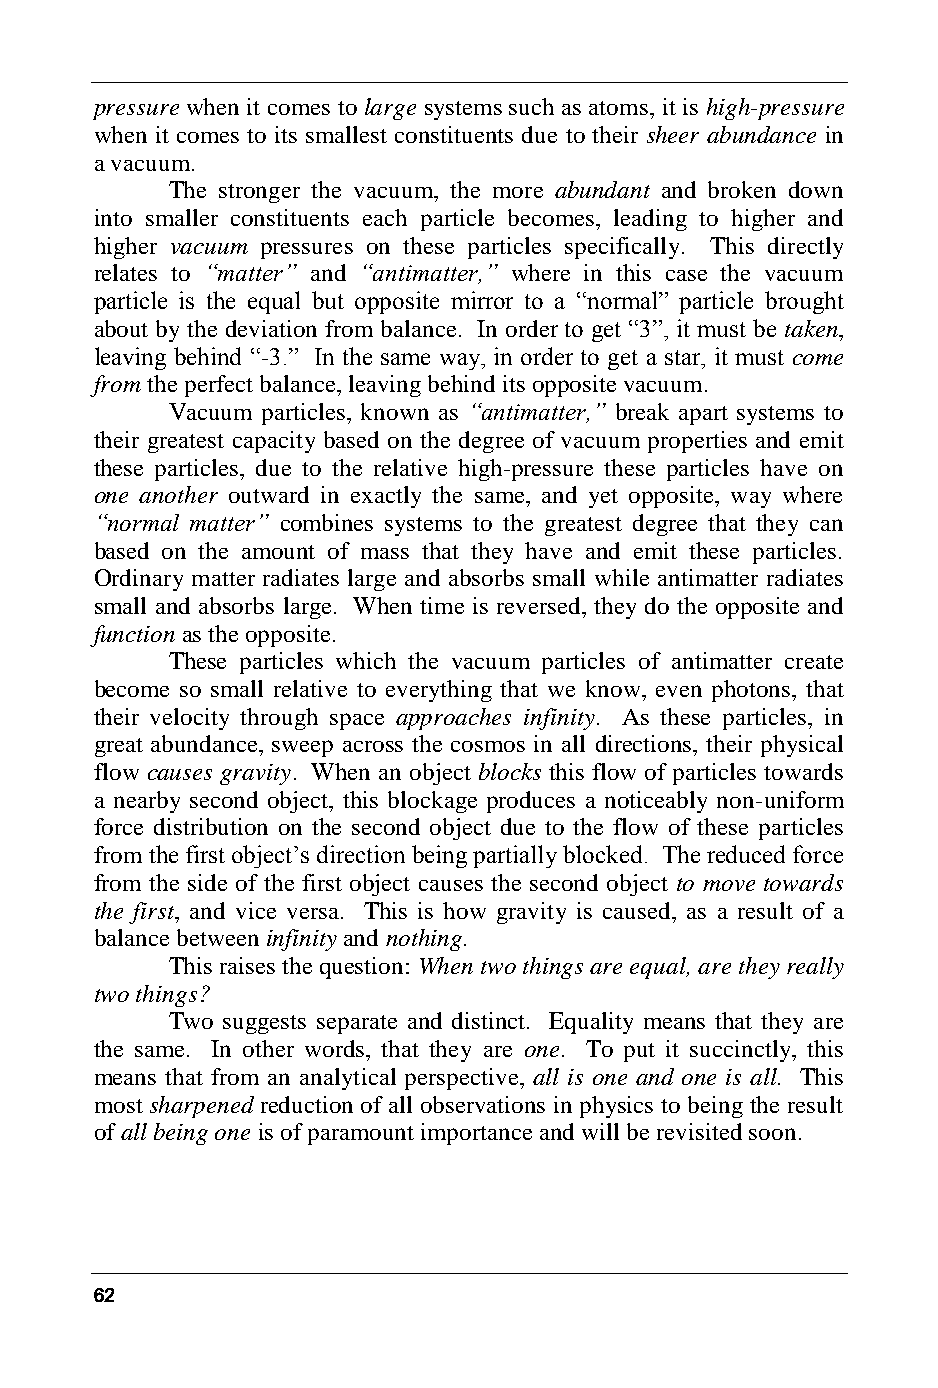
pressure when it comes to large systems such as atoms, it is high-pressure
 when it comes to its smallest constituents due to their sheer abundance in
 a vacuum.
 The stronger the vacuum, the more abundant and broken down
 into smaller constituents each particle becomes, leading to higher and
 higher vacuum pressures on these particles specifically. This directly
 relates to “matter” and “antimatter,” where in this case the vacuum
 particle is the equal but opposite mirror to a “normal” particle brought
 about by the deviation from balance. In order to get “3”, it must be taken,
 leaving behind “-3.” In the same way, in order to get a star, it must come
 from the perfect balance, leaving behind its opposite vacuum.
 Vacuum particles, known as “antimatter,” break apart systems to
 their greatest capacity based on the degree of vacuum properties and emit
 these particles, due to the relative high-pressure these particles have on
 one another outward in exactly the same, and yet opposite, way where
 “normal matter” combines systems to the greatest degree that they can
 based on the amount of mass that they have and emit these particles.
 Ordinary matter radiates large and absorbs small while antimatter radiates
 small and absorbs large. When time is reversed, they do the opposite and
 function as the opposite.
 These particles which the vacuum particles of antimatter create
 become so small relative to everything that we know, even photons, that
 their velocity through space approaches infinity. As these particles, in
 great abundance, sweep across the cosmos in all directions, their physical
 flow causes gravity. When an object blocks this flow of particles towards
 a nearby second object, this blockage produces a noticeably non-uniform
 force distribution on the second object due to the flow of these particles
 from the first object’s direction being partially blocked. The reduced force
 from the side of the first object causes the second object to move towards
 the first, and vice versa. This is how gravity is caused, as a result of a
 balance between infinity and nothing.
 This raises the question: When two things are equal, are they really
 two things?
 Two suggests separate and distinct. Equality means that they are
 the same. In other words, that they are one. To put it succinctly, this
 means that from an analytical perspective, all is one and one is all. This
 most sharpened reduction of all observations in physics to being the result
 of all being one is of paramount importance and will be revisited soon.
 62